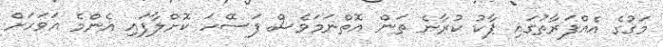
މަގުގެ އެއްފަރާތުގައި ޕާކު ކުރާނެ ތަން އޮތްނަމަވެސް ފަސޭހަ ކޮށްލާފައި އެންމެ އަވަހަށް